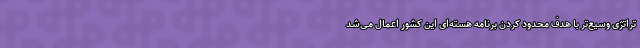
تراتژی وسیع‌تر با هدف محدود کردن برنامه هسته‌ای این کشور اعمال می‌شد